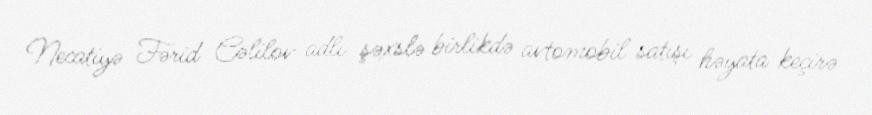
Necatiyə Fərid Cəlilov adlı şəxslə birlikdə avtomobil satışı həyata keçirə